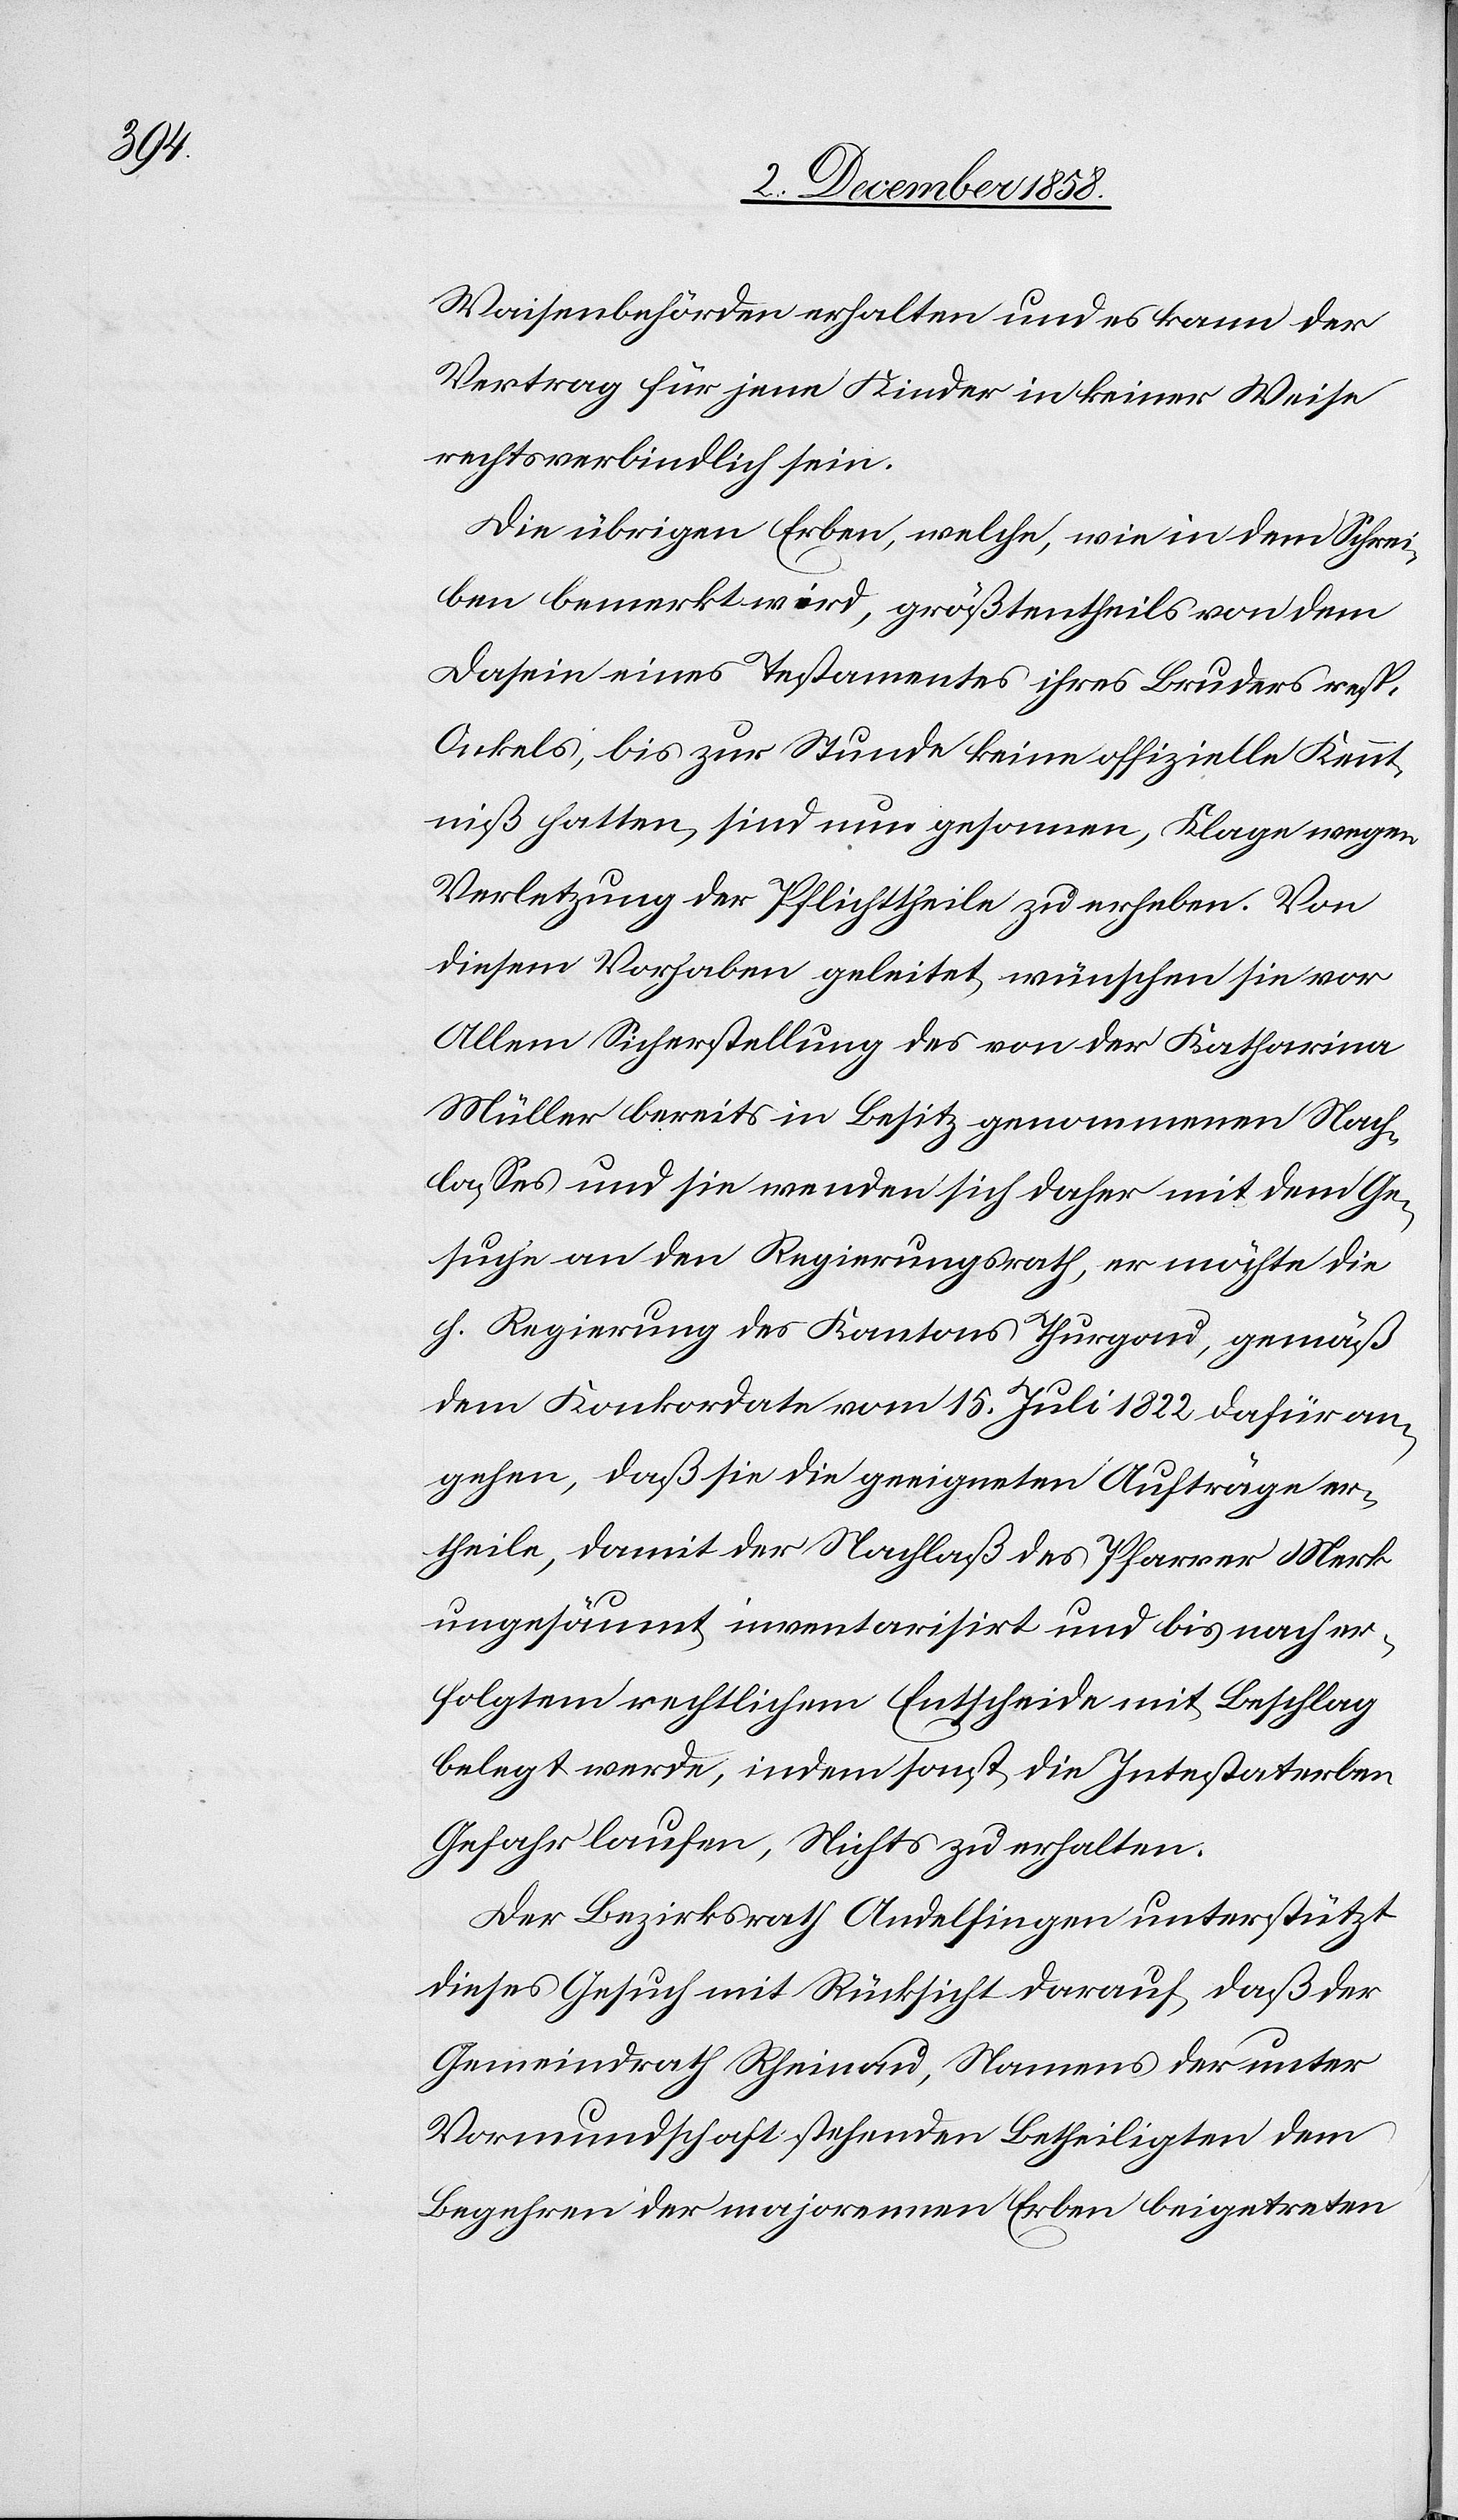
Waisenbehörden erhalten und es kann der
Vertrag für jene Kinder in keiner Weise
rechtsverbindlich sein.
Die übrigen Erben, welche, wie in dem Schrei¬
ben bemerkt wird, größtentheils von dem
Dasein eines Testamentes ihres Bruders resp.
Onkels, bis zur Stunde keine offizielle Kennt¬
niß hatten, sind nun gesonnen, Klage wegen
Verletzung der Pflichttheile zu erheben. Von
diesem Vorhaben geleitet, wünschen sie vor
Allem Sicherstellung des von der Katharina
Müller bereits in Besitz genommenen Nach¬
lasses und sie wenden sich daher mit dem Ge¬
suche an den Regierungsrath, er möchte die
h. Regierung des Kantons Thurgau, gemäß
dem Konkordate vom 15. Juli 1822 dafür an¬
gehen, daß sie die geeigneten Aufträge er¬
theile, damit der Nachlaß des Pfarrer Merk
ungesäumt inventarisirt und bis nach er¬
folgtem rechtlichem Entscheide mit Beschlag
belegt werde, indem sonst die Intestaterben
Gefahr laufen, Nichts zu erhalten.
Der Bezirksrath Andelfingen unterstützt
dieses Gesuch mit Rücksicht darauf, daß der
Gemeindrath Rheinau, Namens der unter
Vormundschaft stehenden Betheiligten dem
Begehren der majorennen Erben beigetreten